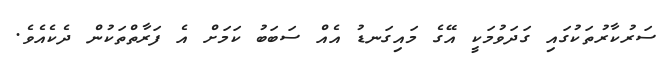
ސަރުކާރުތަކުގައި ގަދަވުމަކީ އޭގެ މައިގަނޑު އެއް ސަބަބު ކަމަށް އެ ފަރާތްތަކުން ދެކެއެވެ.